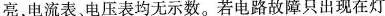
亮，电流表、电压表均无示数。若电路故障只出现在灯